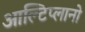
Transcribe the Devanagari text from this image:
आल्टिप्लानो